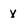
Character: x